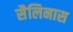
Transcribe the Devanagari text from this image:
सैलिनास